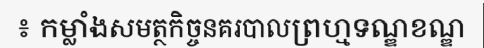
៖ កម្លាំងសមត្ថកិច្ចនគរបាលព្រហ្មទណ្ឌខណ្ឌ